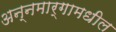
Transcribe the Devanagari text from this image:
अन्नमार्गामधील